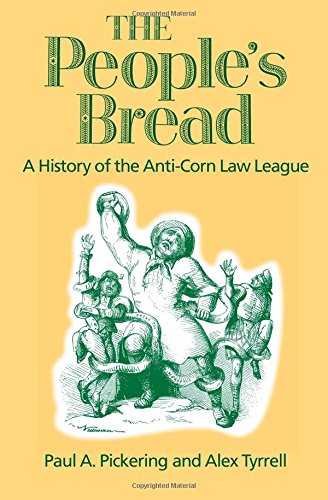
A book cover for The People's Bread: A History of the Anti-Corn Law League; Paul A. Pickering; Law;